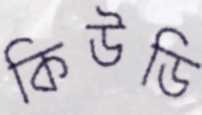
কিউডি